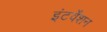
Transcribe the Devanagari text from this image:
इंटर्वेंशन